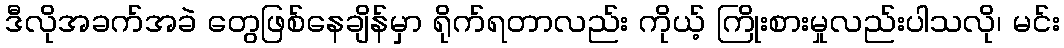
ဒီလိုအခက်အခဲ တွေဖြစ်နေချိန်မှာ ရိုက်ရတာလည်း ကိုယ့် ကြိုးစားမှုလည်းပါသလို၊ မင်း